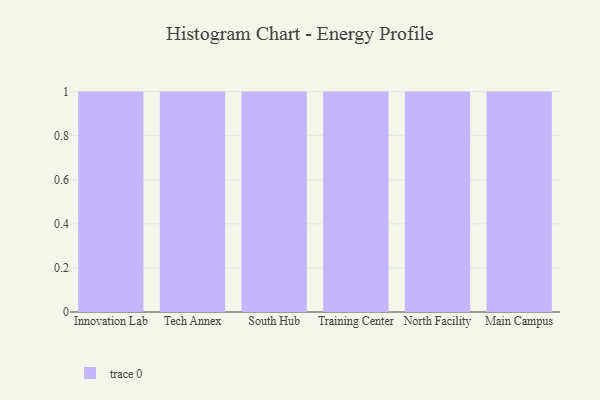
{"axis": {"x": "Campus", "y": "Production Output"}, "legend": [""], "data": [{"x": "Innovation Lab", "y": 24, "type": ""}, {"x": "Tech Annex", "y": 84, "type": ""}, {"x": "South Hub", "y": 97, "type": ""}, {"x": "Training Center", "y": 52, "type": ""}, {"x": "North Facility", "y": 32, "type": ""}, {"x": "Main Campus", "y": 24, "type": ""}]}